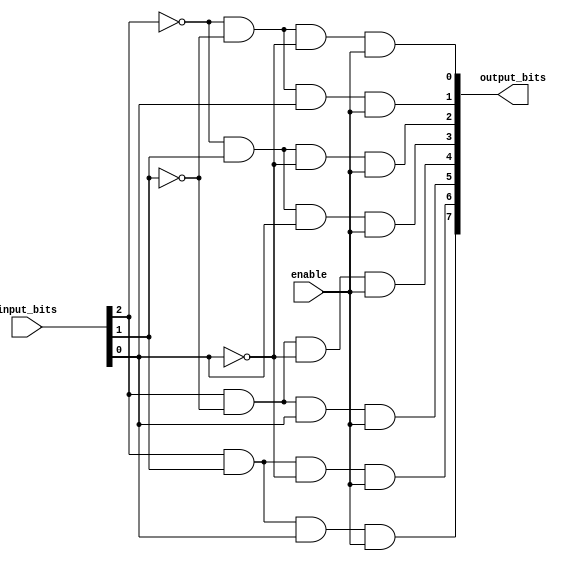
module my_3to8_decoder(input_bits, output_bits, enable);

	input [2:0] input_bits;
	input enable;
	
	output [7:0] output_bits;
	
	wire not0Output, not1Output, not2Output;
	
	not(not0Output, input_bits[0]);
	not(not1Output, input_bits[1]);
	not(not2Output, input_bits[2]);
	
	and myAnd7(output_bits[7], input_bits[2], input_bits[1], input_bits[0], enable);
	and myAnd6(output_bits[6], input_bits[2], input_bits[1], not0Output, enable);
	and myAnd5(output_bits[5], input_bits[2], not1Output, input_bits[0], enable);
	and myAnd4(output_bits[4], input_bits[2], not1Output, not0Output, enable);
	and myAnd3(output_bits[3], not2Output, input_bits[1], input_bits[0], enable);
	and myAnd2(output_bits[2], not2Output, input_bits[1], not0Output, enable);
	and myAnd1(output_bits[1], not2Output, not1Output, input_bits[0], enable);
	and myAnd0(output_bits[0], not2Output, not1Output, not0Output, enable);
	
endmodule